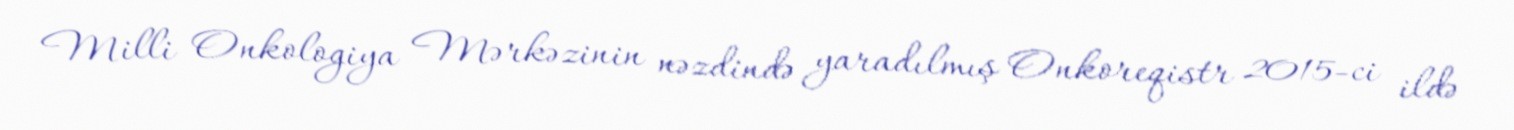
Milli Onkologiya Mərkəzinin nəzdində yaradılmış Onkoreqistr 2015-ci ildə